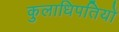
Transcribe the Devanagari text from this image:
कुलाधिपतियों